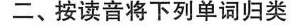
二、按读音将下列单词归类